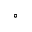
^ { \circ }